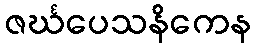
ဇင်္ဃပေသနိကေန